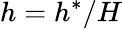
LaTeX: h=h^{*}/H